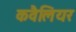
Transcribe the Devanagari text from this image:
कवैलियर